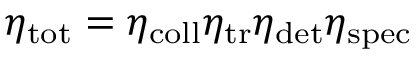
\eta _ { \mathrm { t o t } } = \eta _ { \mathrm { c o l l } } \eta _ { \mathrm { t r } } \eta _ { \mathrm { d e t } } \eta _ { \mathrm { s p e c } }